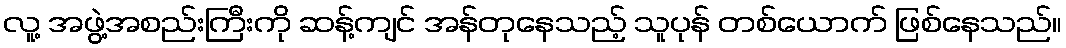
လူ့ အဖွဲ့အစည်းကြီးကို ဆန့်ကျင် အန်တုနေသည့် သူပုန် တစ်ယောက် ဖြစ်နေသည်။